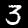
Label: 3